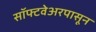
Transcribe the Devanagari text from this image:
सॉफ्टवेअरपासून